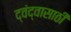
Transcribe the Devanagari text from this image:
द्वंद्वासाठी